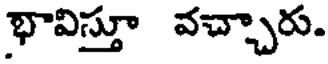
భావిస్తూ వచ్చారు.